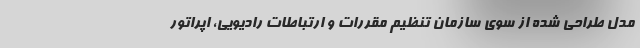
مدل طراحی شده از سوی سازمان تنظیم مقررات و ارتباطات رادیویی، اپراتور